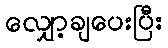
လျှော့ချပေးပြီး